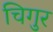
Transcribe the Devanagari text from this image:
चिगुर